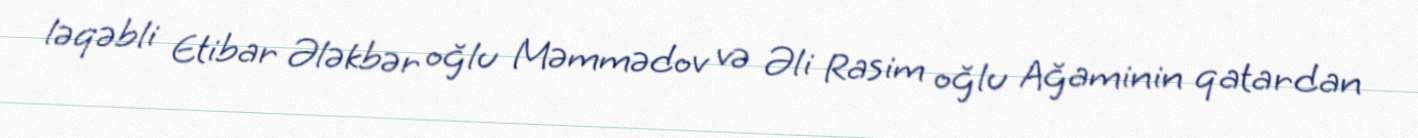
ləqəbli Etibar Ələkbər oğlu Məmmədov və Əli Rasim oğlu Ağaminin qatardan